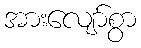
အားလျော်စွာ